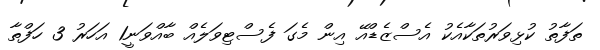
ތަފާތު ކުޅިވަރުތަކާއެކު އެސްޒެޑްއޭ އިން މެގަ ފެސްޓިވަލެއް ބާއްވަނީ1 އަހަރު 3 ހަފްތާ